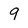
Character: 9